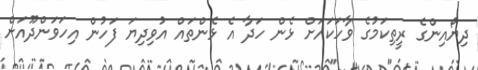
ދިޔޯއިންގެ ރީތިކަމުގެ ވާހަކައަށް ޅެން ހަދާ އެ ޅެންތައް އުވިދިޔަ ފަހުން އިހަވަންދޫއަށް